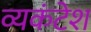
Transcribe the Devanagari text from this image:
व्यकंटेश